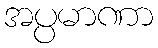
အပ္ပမာဏာ